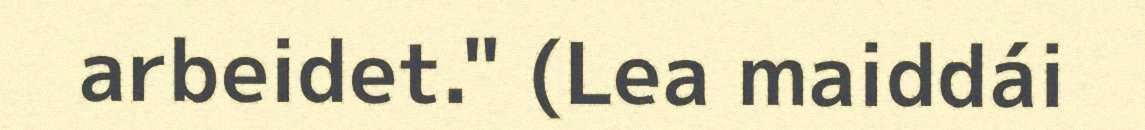
arbeidet." (Lea maiddái